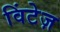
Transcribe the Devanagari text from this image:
विंटेज़